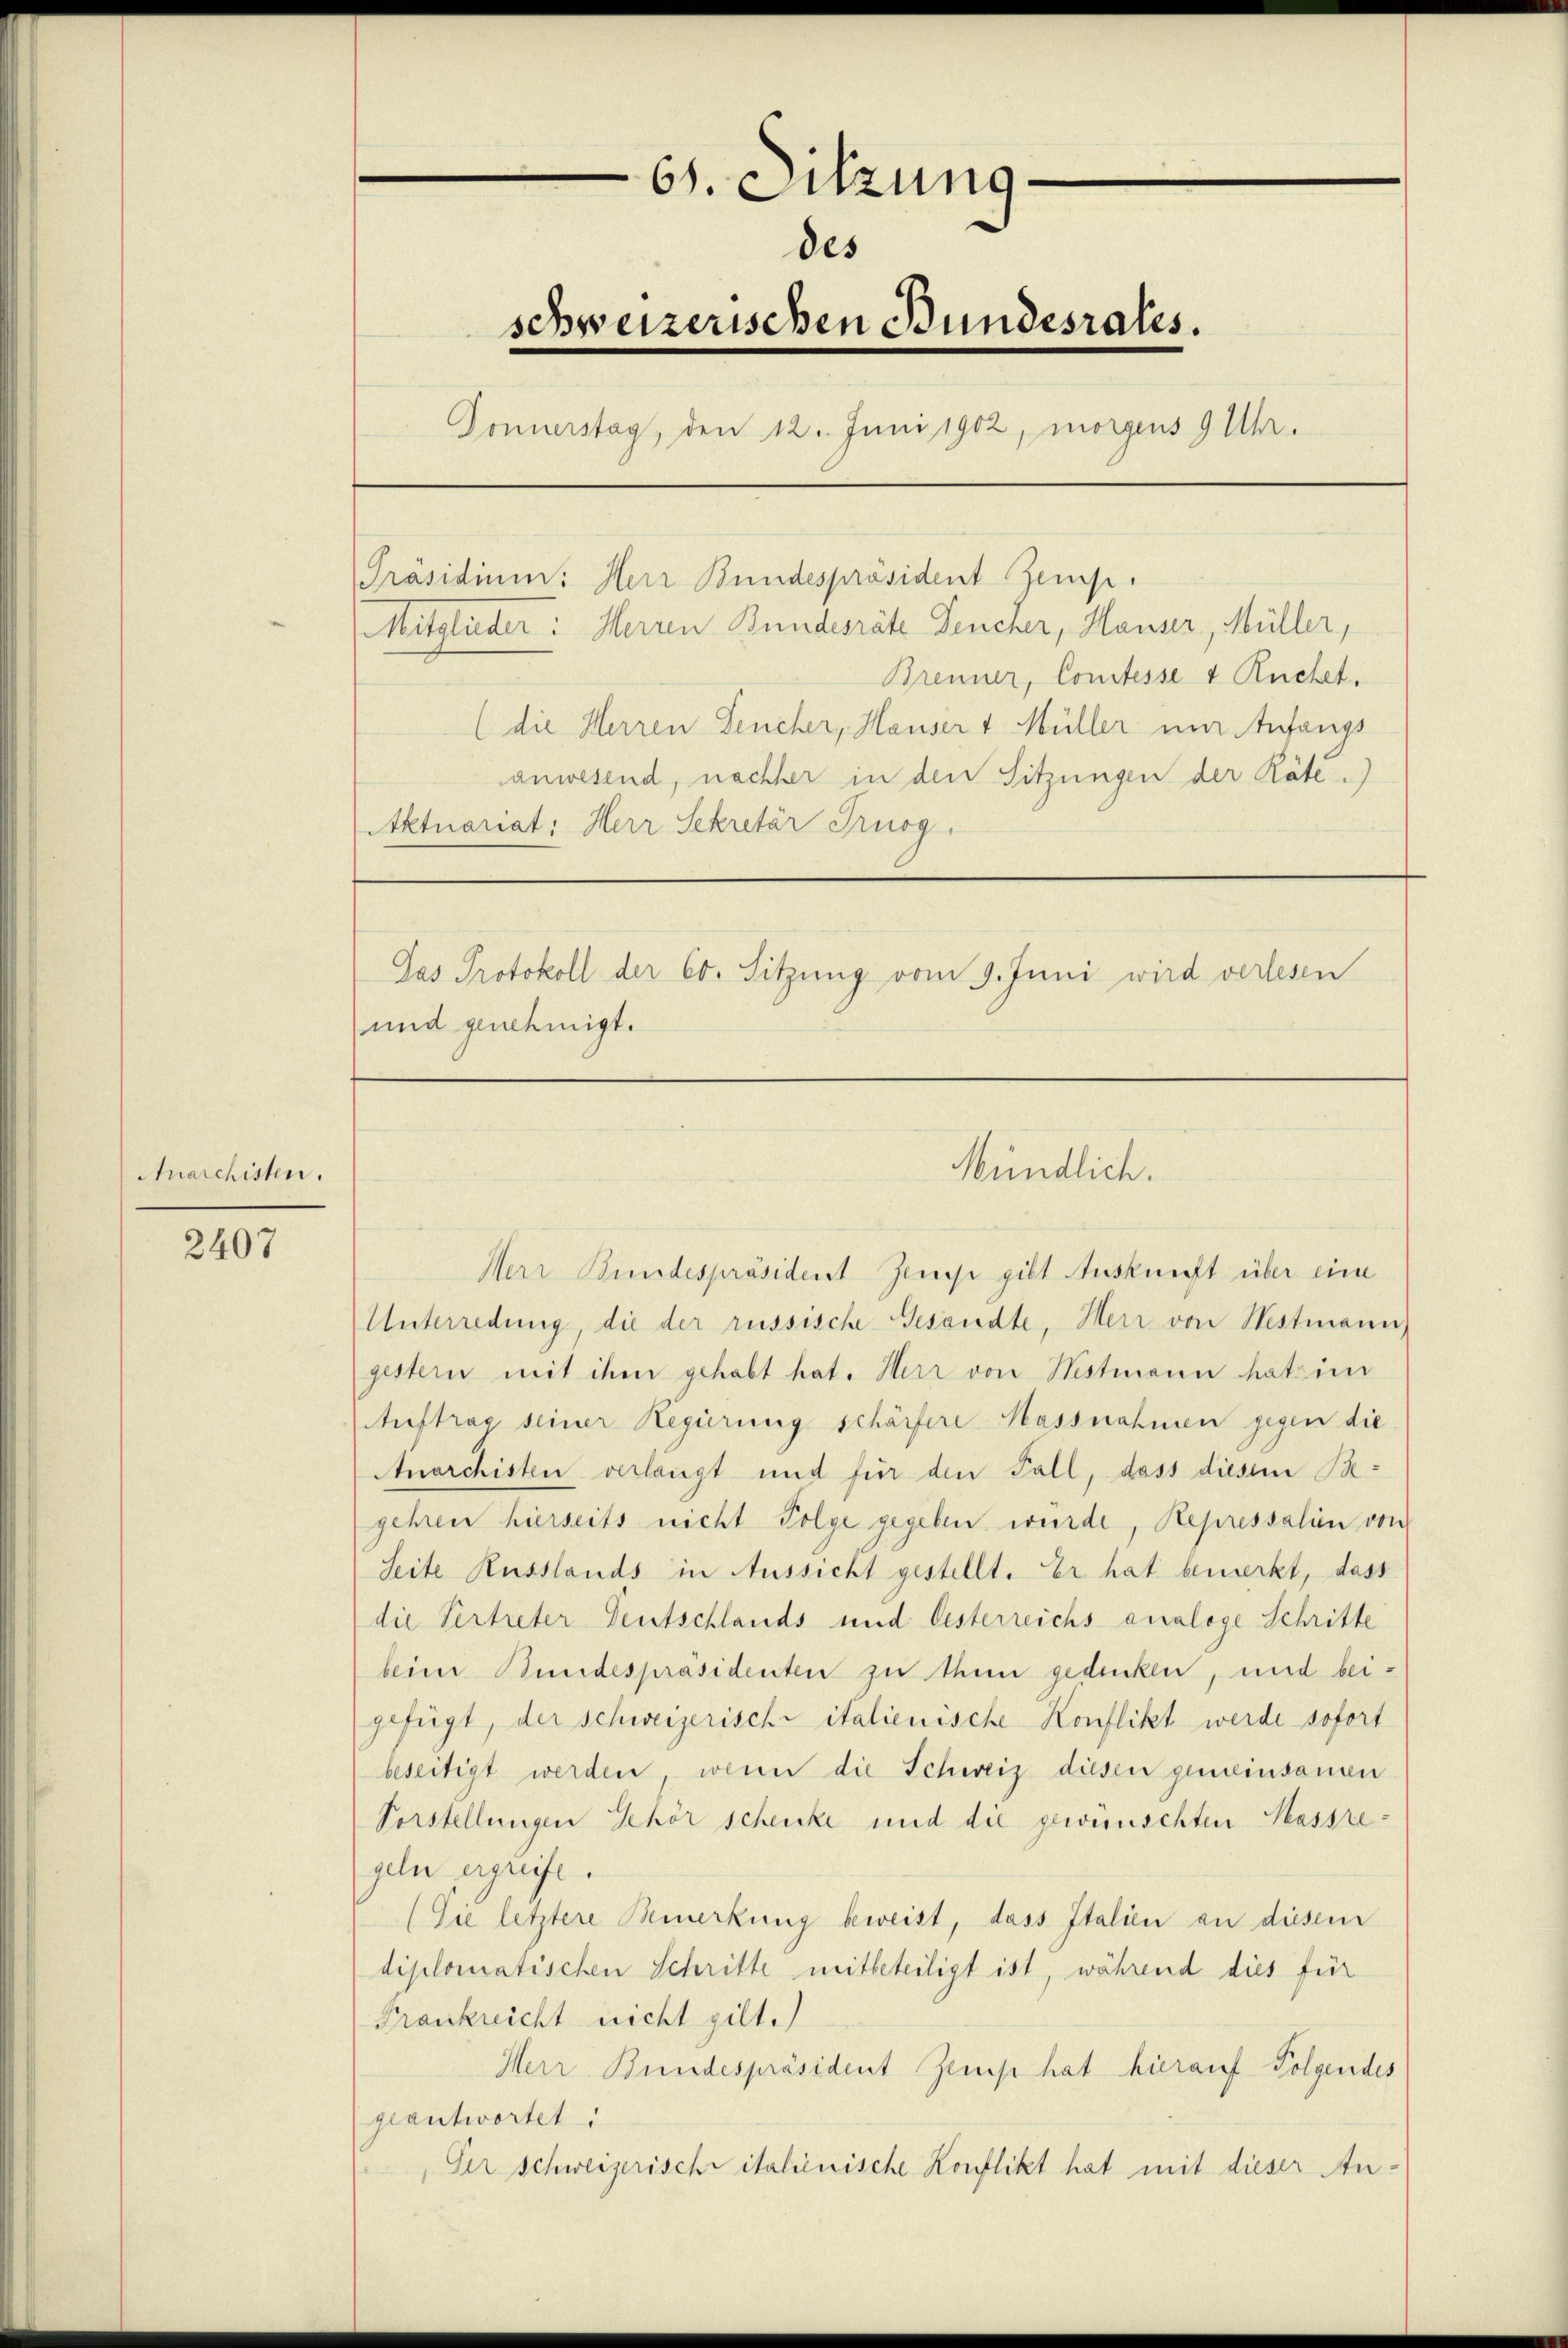
Anarchisten.

2407

61. Sitzung
des
schweizerischen Bundesrates.
Donnerstag, den 12. Juni 1902, morgens 9 Uhr.
Präsidium: Herr Bundespräsident Zems.
Mitglieder: Herren Bundesräte Deucher, Hauser, Müller,
Brenner, Comtesse & Ruchet.
(die Herren Lencher, Hauser v Müller um Anfangs
anwesend, nachher in den Sitzungen der Räte.)
Aktuariat: Herr Sekretär Prugg,

Jas Protokoll der 60. Sitzung vom 9. Juni wird verlesen

und genehmigt.

Mündlich.

Herr Bundespräsident Zinse gibt Auskunft über eine
Unterredung, die der russische Gesandte, Herr von Westmann
gestern mit ihm gehabt hat. Herr von Histmann hat im
Auftrag seiner Regierung schärfere Massnahmen gegen die
Anarchisten verlangt und für den Fall, dass diesem Begehren hierseits nicht Folge gegeben wurde, Repressalien von
Seite Russlands in Aussicht gestellt. Er hat bemerkt, dass
die Vertreter Deutschlands und Oesterreichs analoge Schritte
beim Bundespräsidenten zu thun gedenken, und beigefügt, der schweizerische italienische Konflikt werde sofort
beseitigt werden, wenn die Schweiz diesen gemeinsamen
Vorstellungen Gehör schenke und die gewünschten Massregeln ergreife.
(Sie letztere Bemerkung beweist, dass Italien an diesem
diplomatischen Schritte mitbeteiligt ist, während dies für
Frankreicht nicht gilt.)
Herr Bundespräsident Zemp hat hierauf Folgendes
geantwortet:
Der Schweizerische italienische Konflikt hat mit dieser An¬